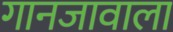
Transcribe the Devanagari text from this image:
गानजावाला